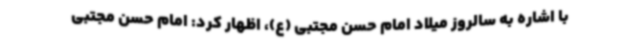
با اشاره به سالروز میلاد امام حسن مجتبی (ع)، اظهار کرد: امام حسن مجتبی